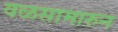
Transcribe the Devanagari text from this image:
वळसामारुन